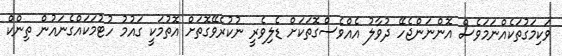
ވަކިމަގުތަކެއްނަމަވެސް އޮންނަންޖެހޭ ދުވާލު އެއްވެސްގޮތަކަށް ޑެލިވެރީ ނުކުރެވޭގޮތަށް އޮތުމަކީ ގައުމު ހުޓުމަކައްގެނައުން ތިންކް